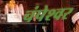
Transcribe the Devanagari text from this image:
चंपेश्वर